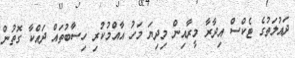
ދައުލަތުގެ ޓެކްސް އިދާރާ މީރާއިން މިދިޔަ މަހު އާއްމުކުރި ހިސާބުތައް ދައްކާ ގޮތުން